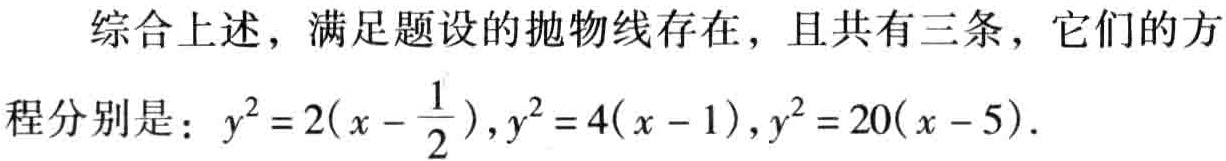
综合上述，满足题设的抛物线存在，且共有三条，它们的方

程分别是：\(y^{2}=2(x - \frac{1}{2}),y^{2}=4(x - 1),y^{2}=20(x - 5)\)。